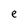
Character: e